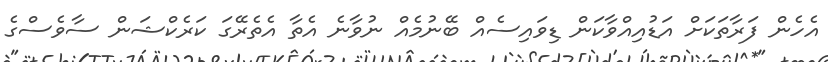
އެހެން ފަރާތަކަށް އަޑުއިއްވާކަން ޑިވައިސެއް ބޭނުމެއް ނުވާނެ އެތާ އެތެރޭގަ ކަރެކްޝަން ސާވެސްގެ